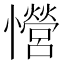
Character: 𢥏